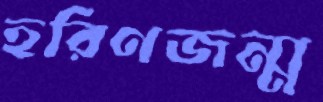
হরিণজন্ম